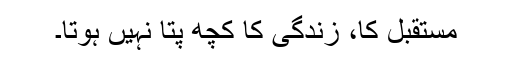
مستقبل کا، زندگی کا کچھ پتا نہیں ہوتا۔